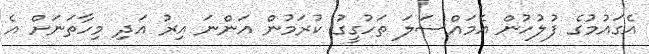
އެގައުމުގެ ފުލުހުން އެމައްސަލަ ތަހުގީގު ކުރަމުން އަންނަ އިރު އަދި މިހާތަނަށް އެ